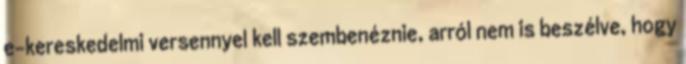
e-kereskedelmi versennyel kell szembenéznie, arról nem is beszélve, hogy